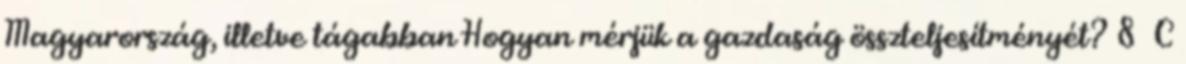
Magyarország, illetve tágabban Hogyan mérjük a gazdaság összteljesítményét? 8 C